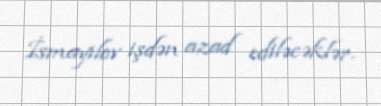
İsmayılov işdən azad ediləcəklər.